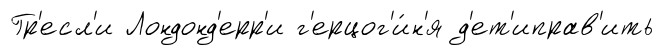
Гр'есл'и Лондонд'ерр'и г'ерцог'и́н'я д'ет'иправ'ить